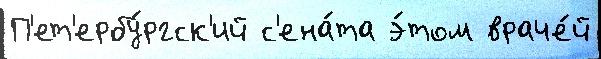
П'ет'ербу́ргск'ий с'ена́та э́том враче́й